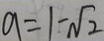
a = 1 - \sqrt { 2 }